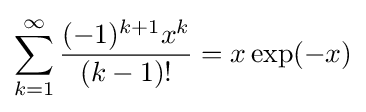
\sum _{k=1}^{\infty }{\frac {(-1)^{k+1}x^{k}}{(k-1)!}}=x\exp(-x)